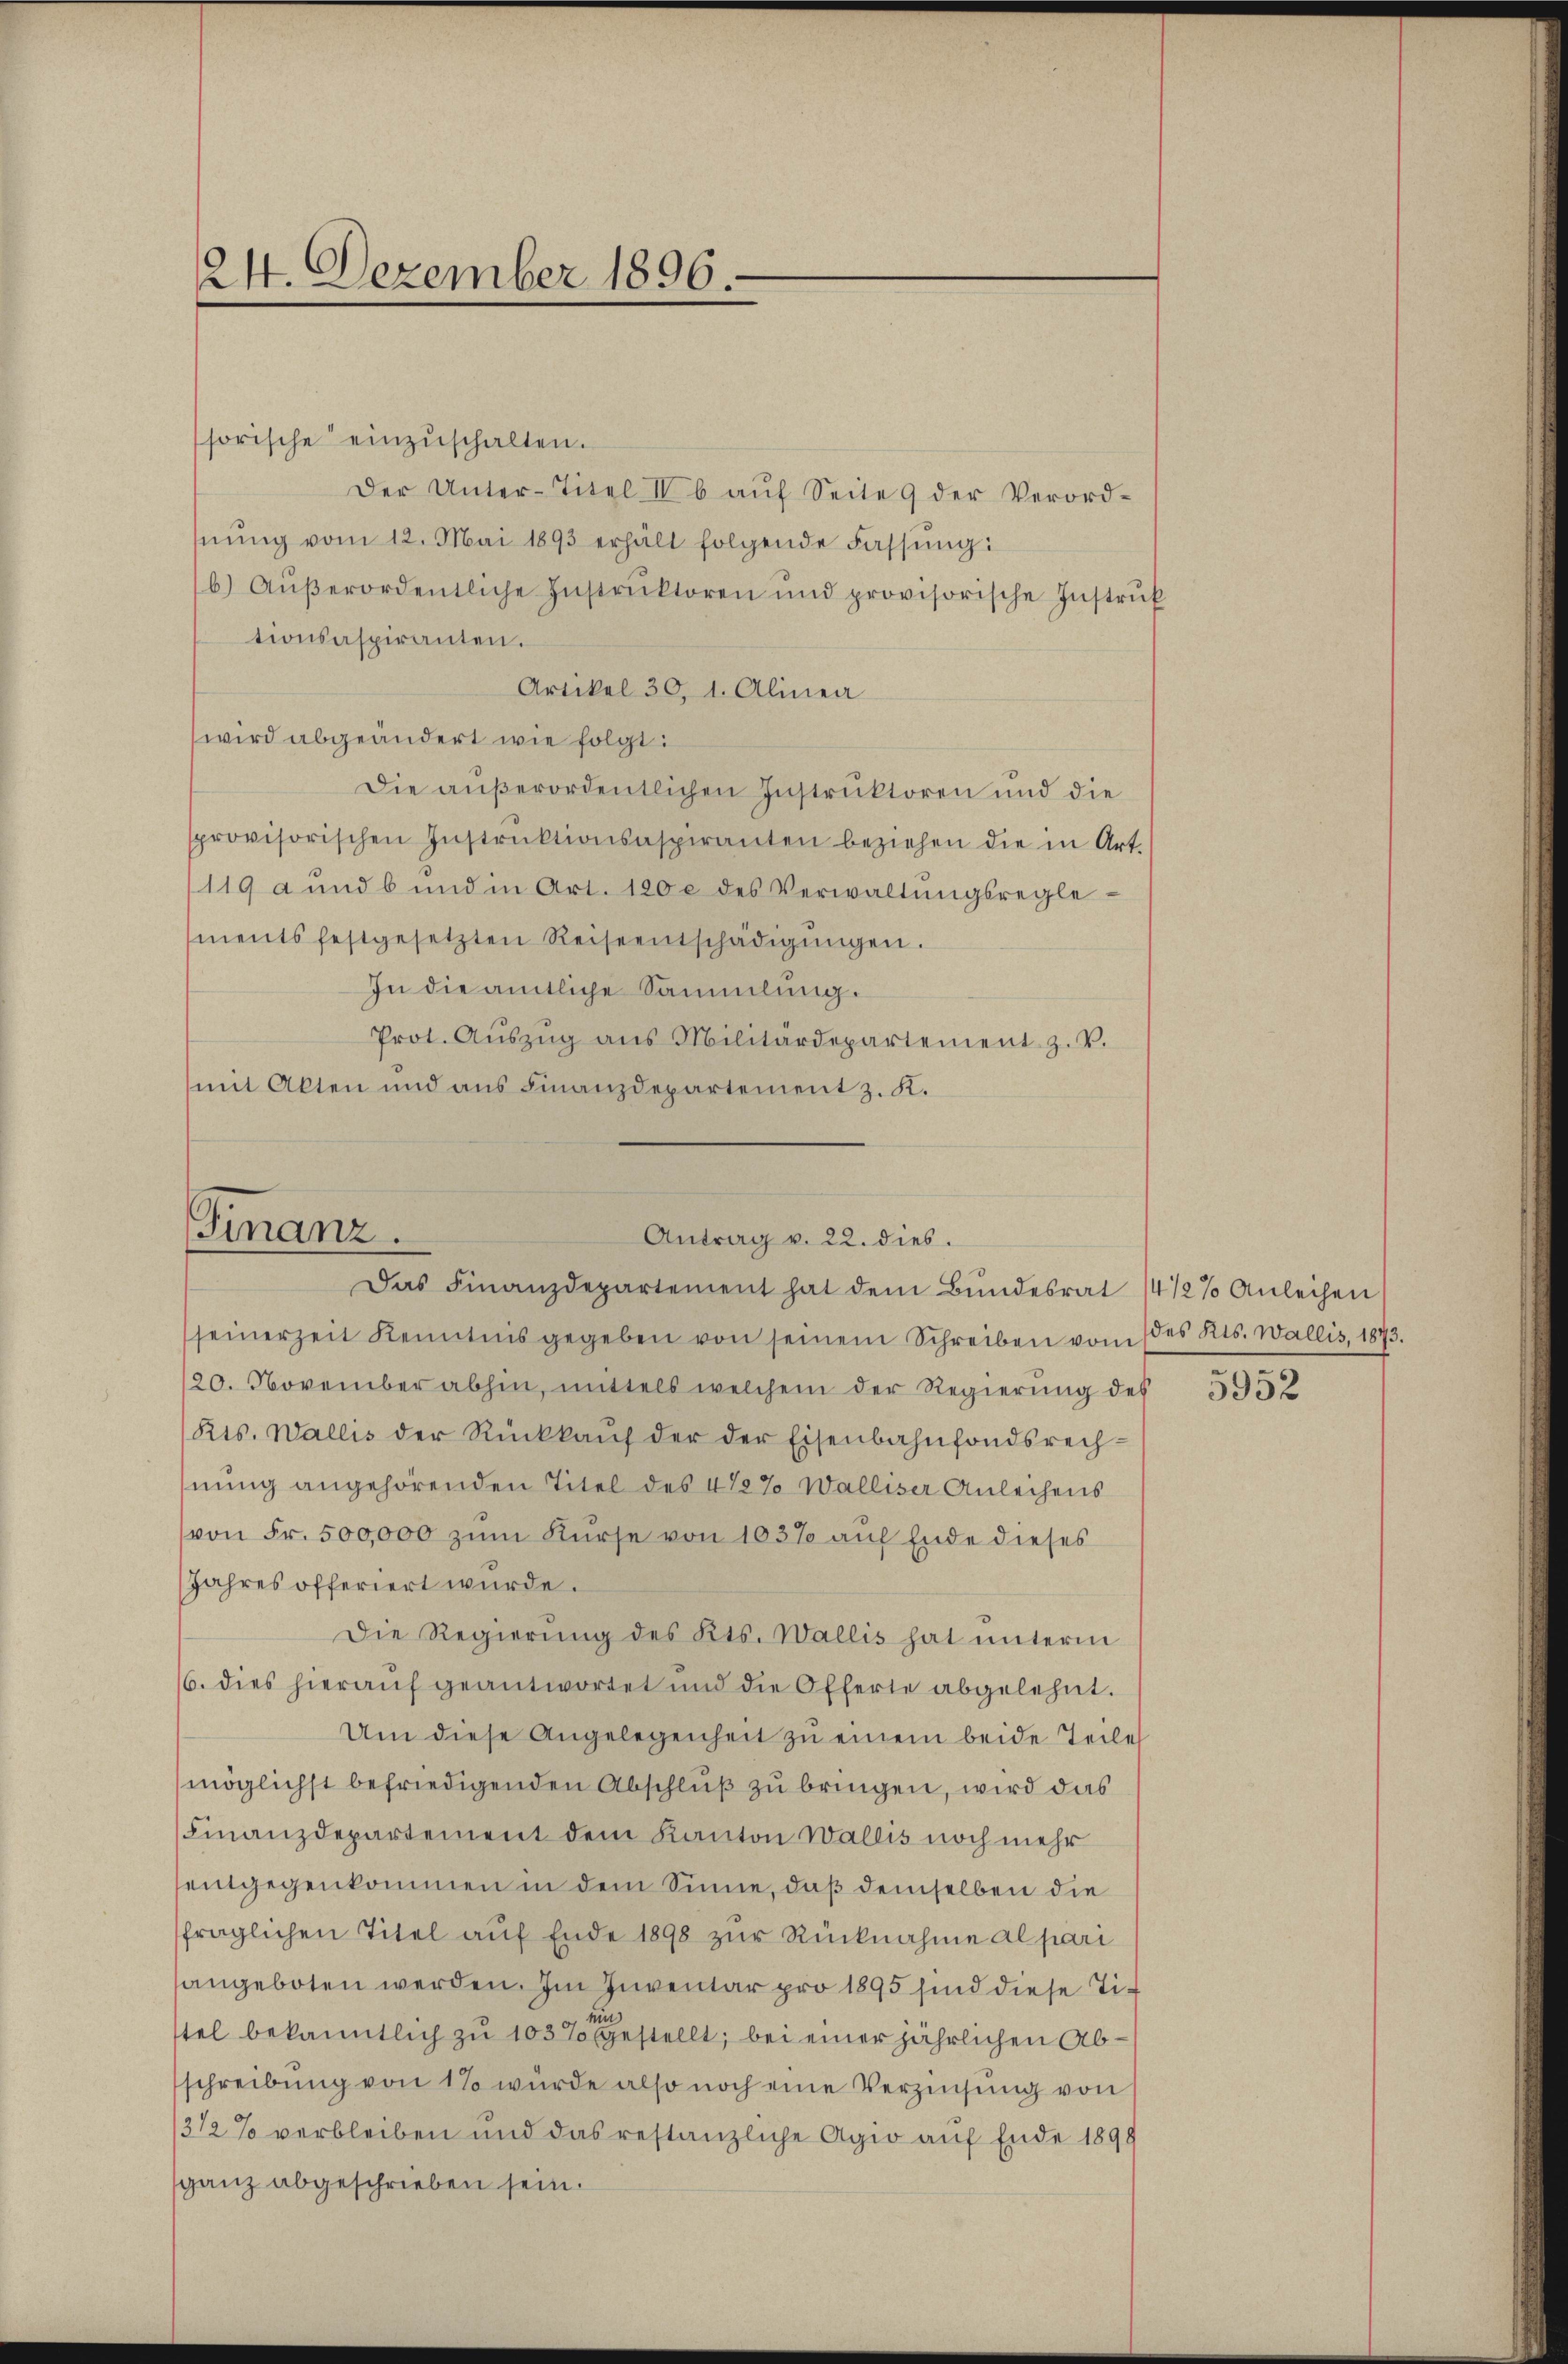
24. Dezember 1896.

sorische einzŭschalten.
Der Unter-Titel II b aŭf Seite 9 der Verord-
nŭng vom 12. Mai 1893 erhält folgende Fassung:
b) Aŭβerordentliche Instrŭktoren und provisorische Instrŭk
tionsaspiranten.
Artikel 30, 1. Alinea
wird abgeändert wie folgt:
Die außerordentlichen Instruktoren und die
provisorischen Instrŭktionsaspiranten beziehen die in Art.
119 a und b und in Art. 120 c des Verwaltŭngsregle-
ments festgesetzten Reiseentschädigŭngen.
In die amtliche Sammlung.
Prot. Aŭszŭg ans Militärdepartement z. V.
mit Akten und aus Finanzdepartement z. K.

Finanz.
Antrag v. 22. dies.
Das Finanzdepartement hat dem Bŭndesrat 14/2% Anleihen

seinerzeit Kenntnis gegeben von seinem Schreiben von des Kts. Wallis, 1873.
20. November abhin, mittels welchem der Regierŭng des
Kts. Wallis der Rückkaŭf der der Eisenbahnfondsrechnung angehörenden Titel des 4 1/2% Walliser Anleihens
von Fr. 500,000 zum Kurse von 103% auf Ende dieses
Jahres offeriert wurde.
Die Regierung des Kts. Wallis hat unterm
6. dies hierauf geantwortet und die Offerte abgelehnt.
Um diese Angelegenheit zu einem beide Teile
möglichst befriedigenden Abschluß zu bringen, wird das
Finanzdepartement dem Kanton Wallis noch mehr
entgegenkommen in dem Sinne, daß demselben die
fraglichen Titel auf Ende 1898 zur Rücknahme al pari
angeboten werden. Im Inventar pro 1895 sind diese Tin
tel bekanntlich zu 103% gestellt; bei einer jährlichen Abschreibung von 1% würde also noch eine Verzinsung von
/3 1/2% verbleiben und das restanzliche Agio auf Ende 1899
ganz abgeschrieben sein.

5952